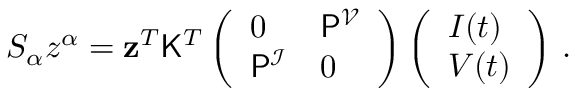
\begin{array} { r } { S _ { \alpha } z ^ { \alpha } = \mathbf { z } ^ { T } \mathsf { K } ^ { T } \left( \begin{array} { l l } { 0 } & { \mathsf { P } ^ { \mathcal { V } } } \\ { \mathsf { P } ^ { \mathcal { I } } } & { 0 } \end{array} \right) \left( \begin{array} { l } { \boldsymbol { I } ( t ) } \\ { \boldsymbol { V } ( t ) } \end{array} \right) \, . } \end{array}